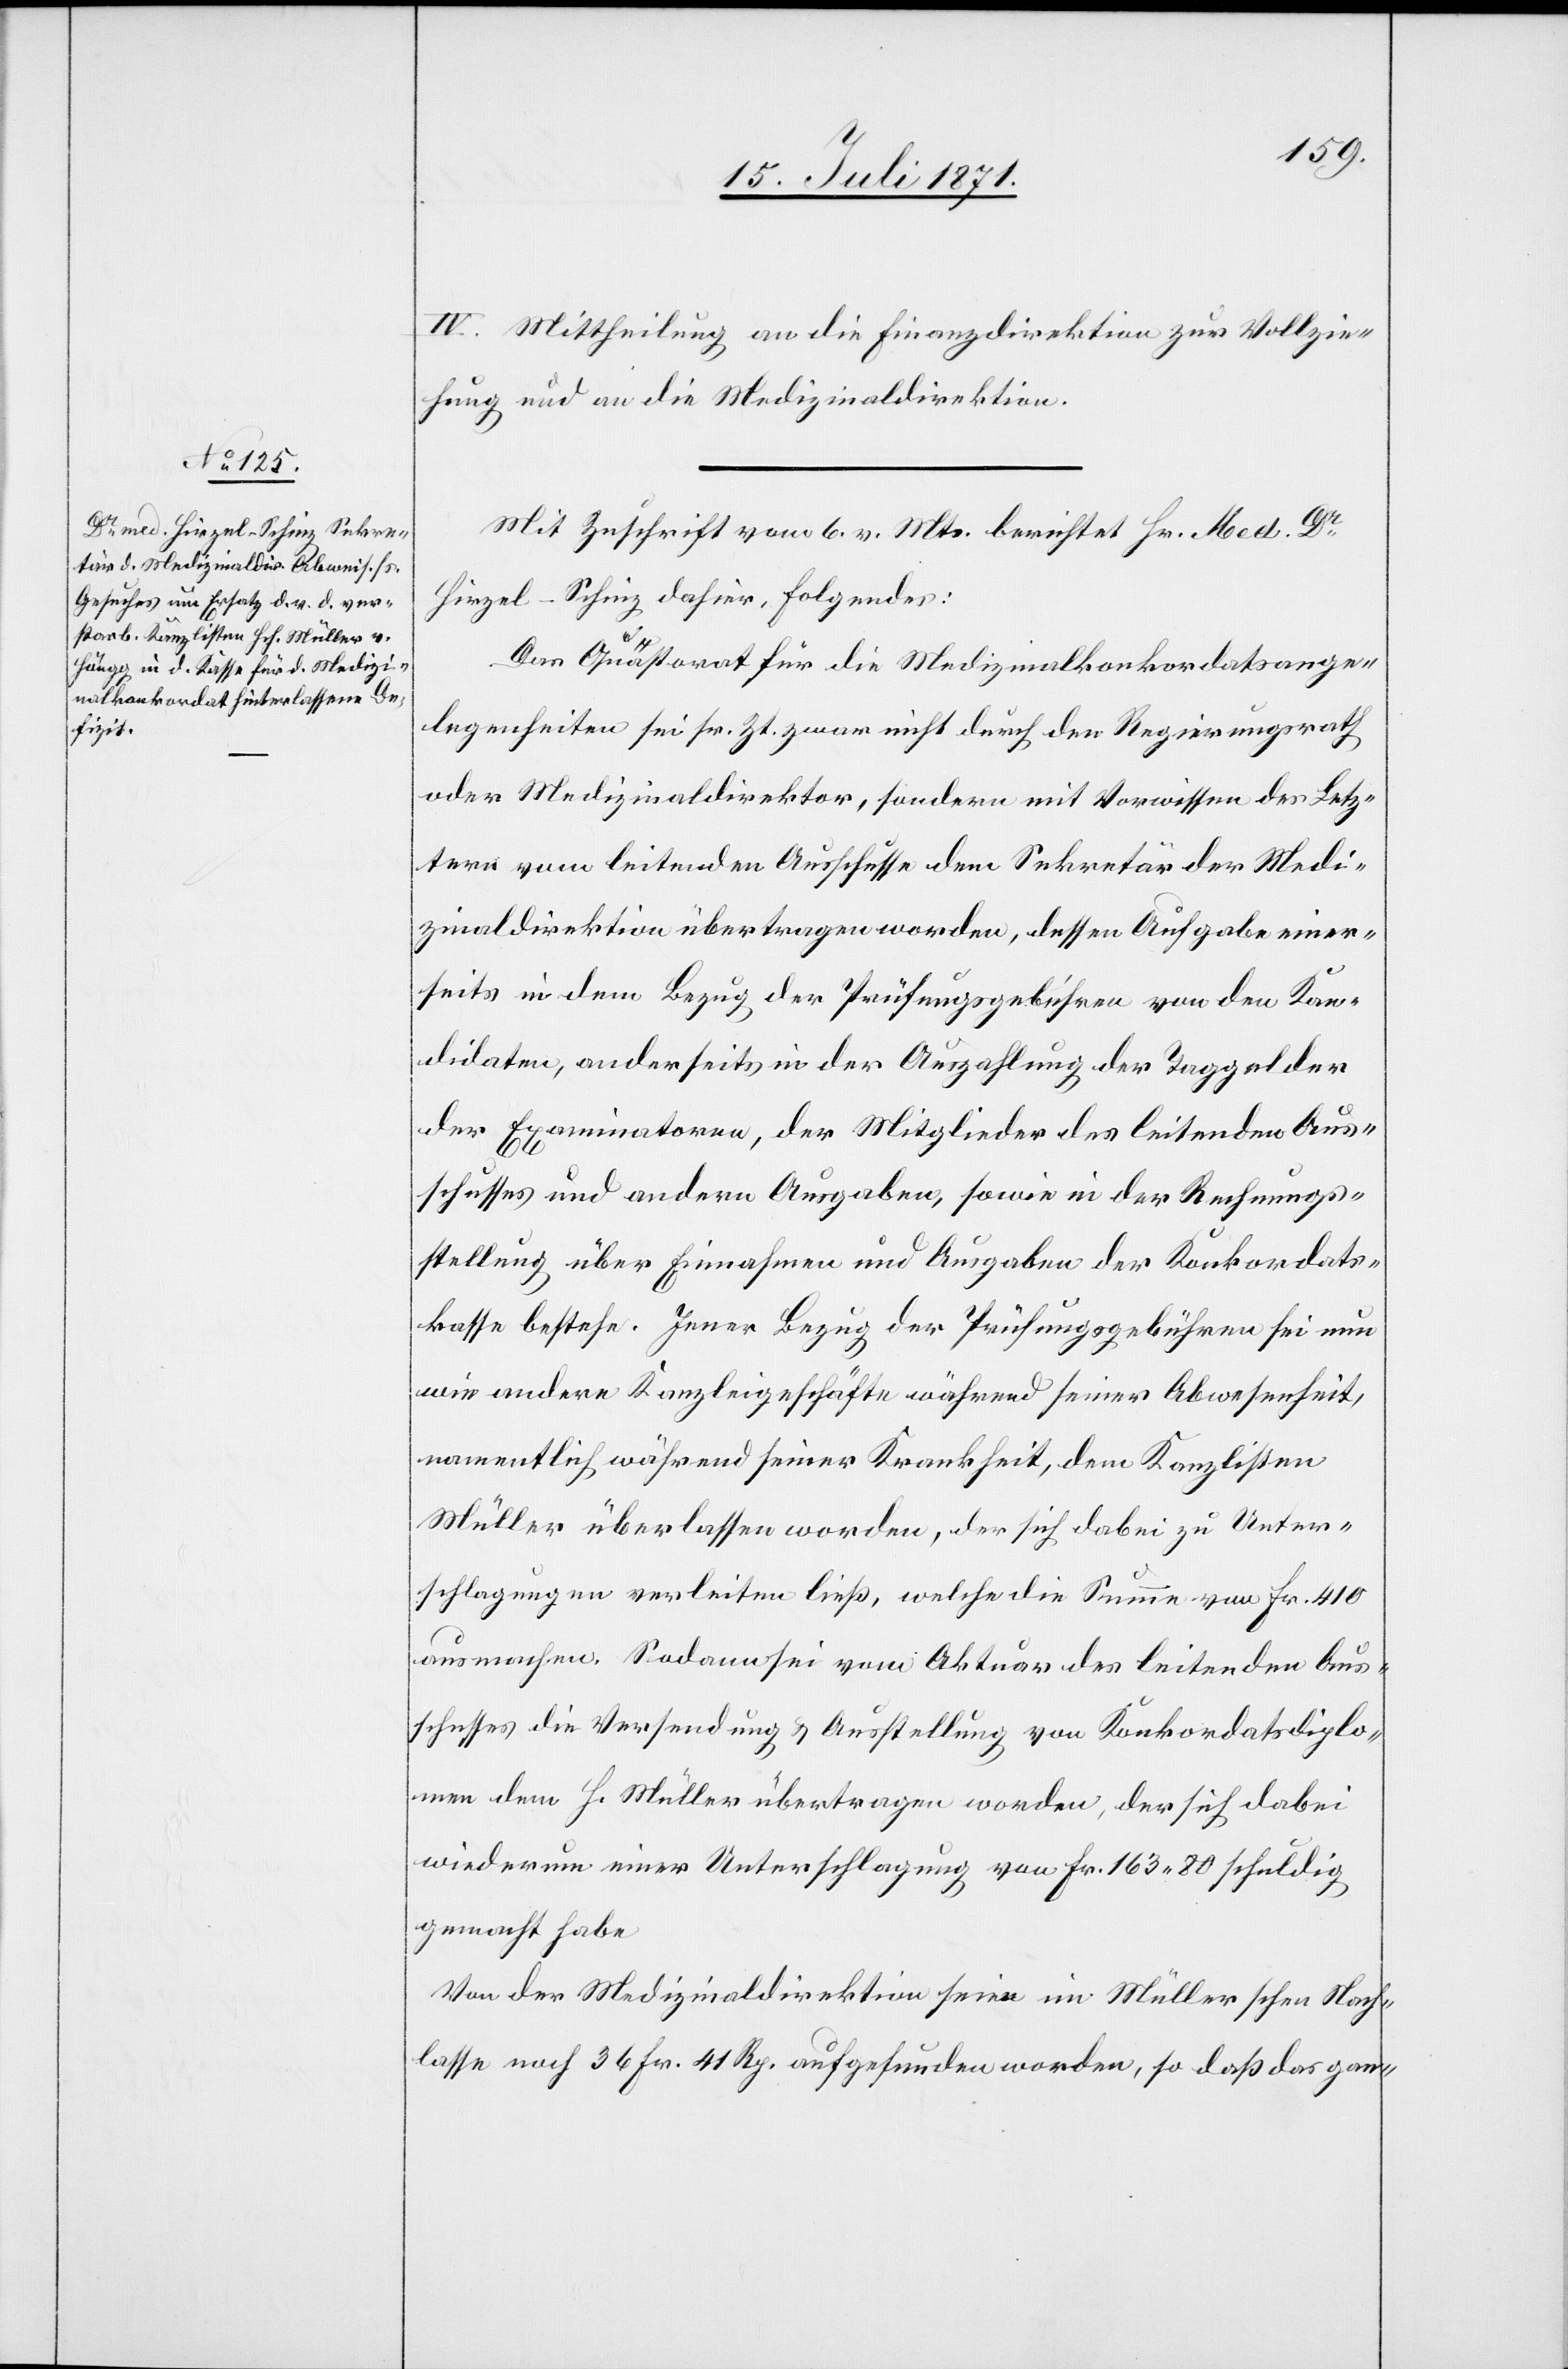
IV. Mittheilung an die Finanzdirektion zur Vollzie¬
hung und an die Medizinaldirektion.
Mit Zuschrift vom 6. v. Mts. berichtet Hr. Med. Dr.
Hirzel-Schinz dahier, Folgendes:
Das Quästorat für die Medizinalkonkordatsange¬
legenheiten sei sr. Zt. zwar nicht durch den Regierungsrath
oder Medizinaldirektor, sondern mit Vorwissen des Letz¬
tern vom leitenden Ausschusse dem Sekretär der Medi¬
zinaldirektion übertragen worden, dessen Aufgabe einer¬
seits in dem Bezug der Prüfungsgebühren von den Kan¬
didaten, anderseits in der Auszahlung der Taggelder
der Examinatoren, der Mitglieder des leitenden Aus¬
schusses und andern Ausgaben, sowie in der Rechnungs¬
stellung über Einnahmen und Ausgaben der Konkordats¬
kasse bestehe. Jener Bezug der Prüfungsgebühren sei nun
wie andere Kanzleigeschäfte während seiner Abwesenheit,
namentlich während seiner Krankheit, dem Kanzlisten
Müller überlassen worden, der sich dabei zu Unter¬
schlagungen verleiten ließ, welche die Summe von Fr. 410
ausmachen. Sodann sei vom Aktuar des leitenden Aus¬
schusses die Versendung u. Ausstellung von Konkordatsdiplo¬
men dem H. Müller übertragen worden, der sich dabei
wiederum einer Unterschlagung von Fr. 163.80 schuldig
gemacht habe.
Von der Medizinaldirektion seien im Müllerschen Nach¬
lasse noch 36 Fr. 41 Rp. aufgefunden worden, so daß das gan-